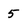
Character: 5